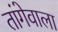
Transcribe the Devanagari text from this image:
तांगेवाला